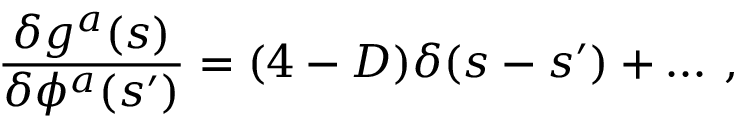
\frac { \delta g ^ { a } ( s ) } { \delta \phi ^ { a } ( s ^ { \prime } ) } = ( 4 - D ) \delta ( s - s ^ { \prime } ) + \ldots \: ,